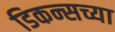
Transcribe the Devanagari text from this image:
डिकन्सच्या